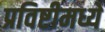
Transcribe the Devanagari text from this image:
प्रविष्टीमध्ये